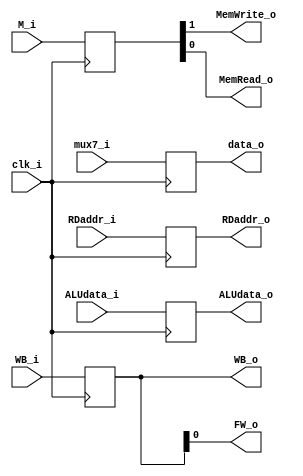
module EX_MEM
(
	clk_i,
	WB_i,
	M_i,
	RDaddr_i,
	ALUdata_i,
	mux7_i,
	WB_o,
	FW_o,
	MemWrite_o,
	MemRead_o,
	RDaddr_o,
	data_o,
	ALUdata_o
);

input			clk_i;
input	[1:0]	WB_i,M_i;
input	[4:0]	RDaddr_i;
input	[31:0]	ALUdata_i,mux7_i;
output	[1:0]	WB_o;
output			MemWrite_o,MemRead_o,FW_o;
output	[4:0]	RDaddr_o;
output	[31:0]	data_o,ALUdata_o;

reg		[1:0]	wb,m;
reg		[4:0]	RDaddr;
reg		[31:0]	ALUdata,mux7;

assign WB_o=wb;
assign FW_o=wb[0];
assign MemRead_o=m[0];
assign MemWrite_o=m[1];
assign RDaddr_o=RDaddr;
assign ALUdata_o=ALUdata;
assign data_o=mux7;

always@(posedge clk_i)begin
	wb = WB_i;
	m = M_i;
	RDaddr = RDaddr_i;
	ALUdata = ALUdata_i;
	mux7 = mux7_i;
end

endmodule